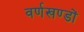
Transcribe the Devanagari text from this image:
वर्णखण्डों